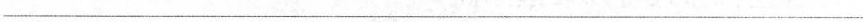
___